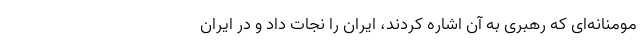
مومنانه‌ای که رهبری به آن اشاره کردند، ایران را نجات داد و در ایران